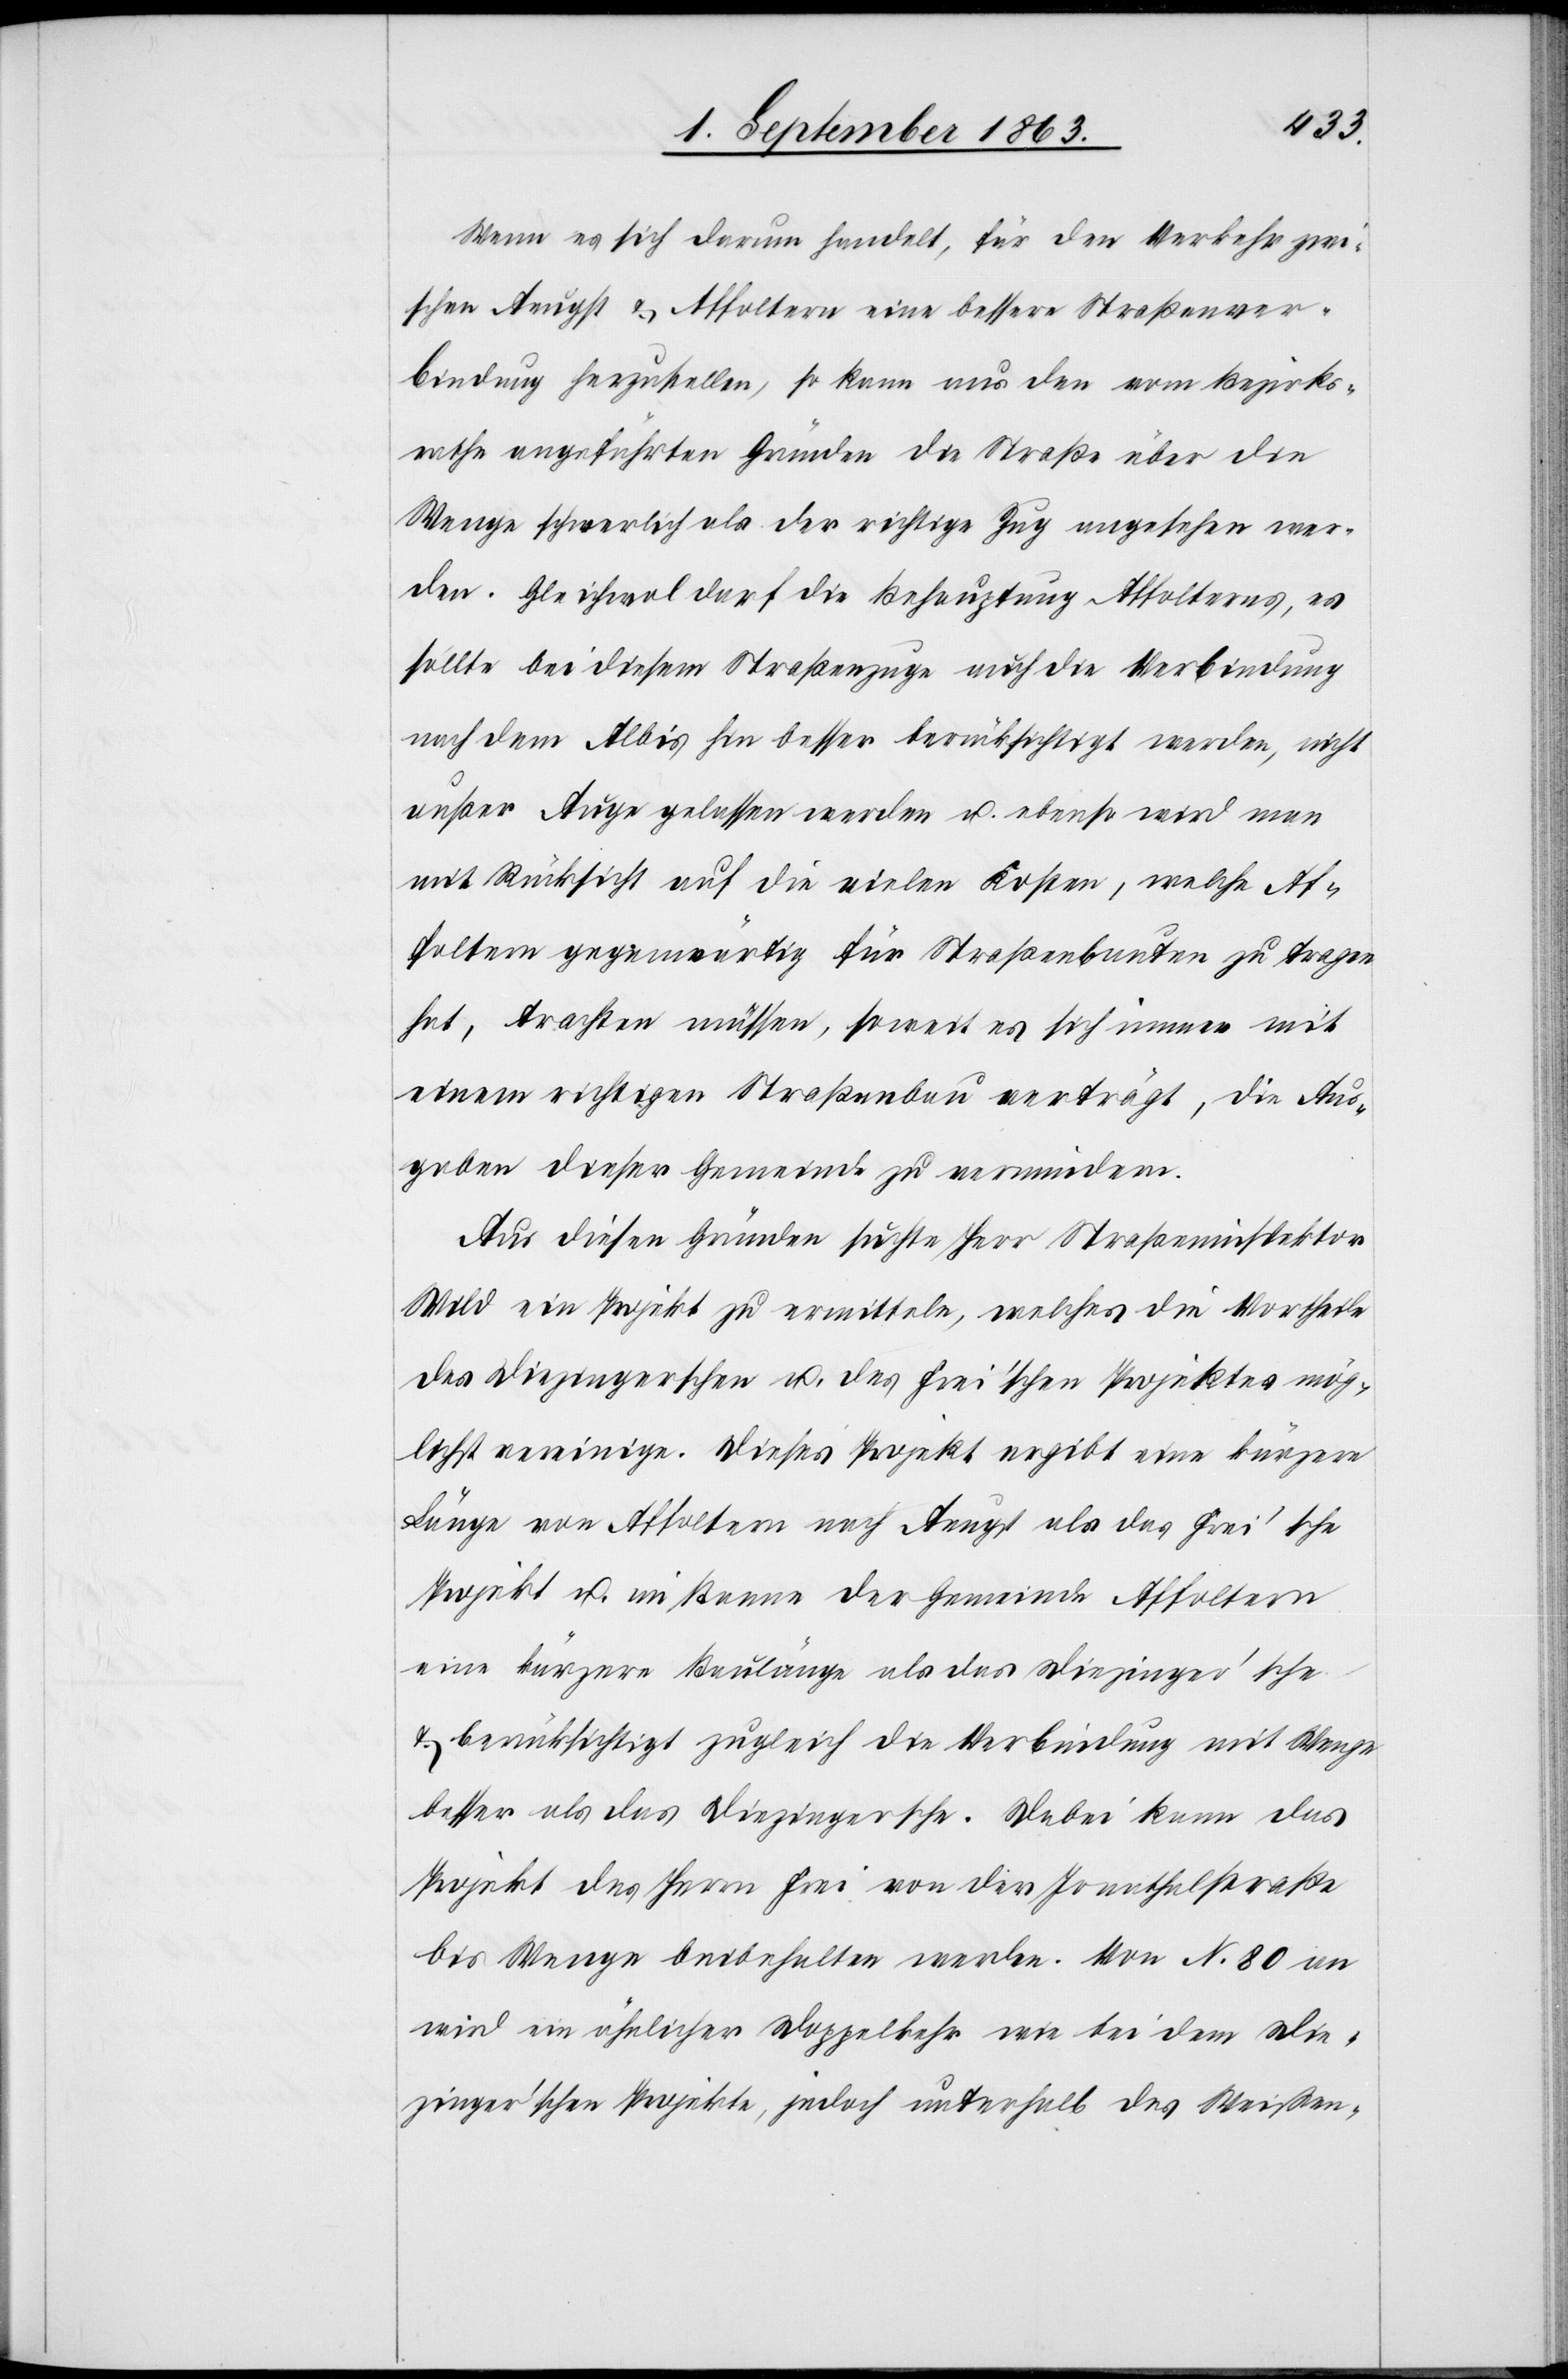
Wenn es sich darum handelt, für den Verkehr zwi¬
schen Aeugst & Affoltern eine bessere Straßenver¬
bindung herzustellen, so kann aus den vom Bezirks¬
rathe angeführten Gründen die Straße über die
Wenge schwerlich als der richtige Zug angesehen wer¬
den. Gleichwol darf die Behauptung Affolterns, es
sollte bei diesem Straßenzuge auch die Verbindung
nach dem Albis hin besser berücksichtigt werden, nicht
außer Auge gelassen werden u. ebenso wird man
mit Rücksicht auf die vielen Kosten, welche Af¬
foltern gegenwärtig für Straßenbauten zu tragen
hat, trachten müssen, soweit es sich immer mit
einem richtigen Straßenbau verträgt, die Aus¬
gaben dieser Gemeinde zu vermindern.
Aus diesen Gründen suchte Herr Straßeninspektor
Wild ein Projekt zu ermitteln, welches die Vortheile
des Diezingerschen u. des Frei'schen Projektes mög¬
lichst vereinige. Dieses Projekt ergibt eine kürzere
Länge von Affoltern nach Aeugst als das Frei'sche
Projekt u. im Banne der Gemeinde Affoltern
eine kürzere Baulänge als das Diezinger'sche
& berücksichtigt zugleich die Verbindung mit Wenge
besser als das Diezingersche. Dabei kann das
Projekt des Herrn Frei von der Jonathalstraße
bis Wenge beibehalten werden. Von N. 80 an
wird ein ähnlicher Doppelkehr wie bei dem Die¬
zinger'schen Projekte, jedoch unterhalb des Weißen-